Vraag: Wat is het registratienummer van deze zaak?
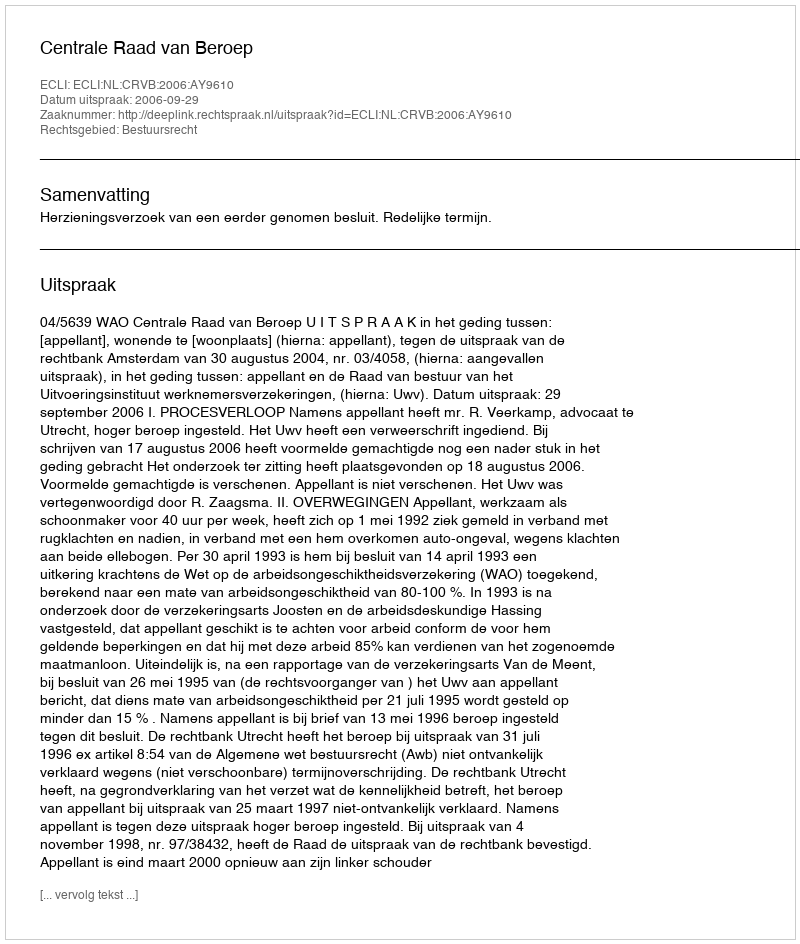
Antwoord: http://deeplink.rechtspraak.nl/uitspraak?id=ECLI:NL:CRVB:2006:AY9610